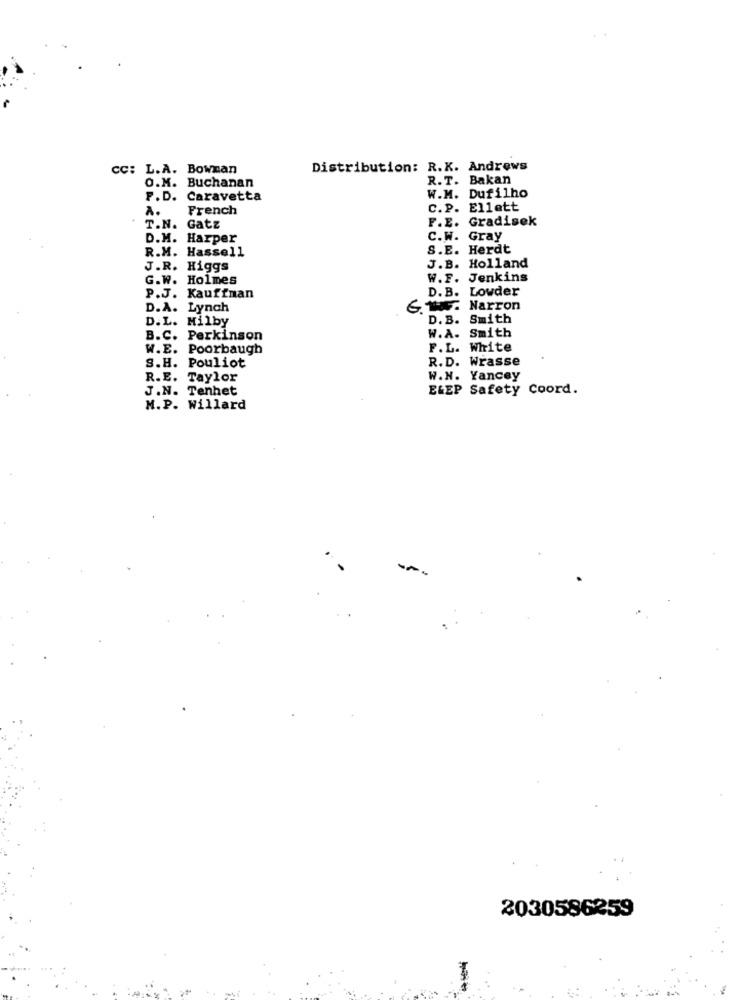
CC: L.A. Bowman
Distribution: R.K. Andrews
O.M. Buchanan
R.T. Bakan
W.M. Dufilho
F.D. Caravetta
A.
French
C.P. Ellett
F.E. Gradisek
T.N. Gatz
D.M. Harper
C.W. Gray
R.M. Hassell
S.E. Herdt
J.B. Holland
J.R. Higgs
G.W. Holmes
W.F. Jenkins
D. B. Lowder
P.J. Kauffman
D.A. Lynch
6. 18F. Marron
D.L. Milby
D. B. Smith
W.A. Smith
B.C. Perkinson
W.E. Poorbaugh
F.L. White
S.H. Pouliot
R.D. Wrasse
R.E. Taylor
W.N. Yancey
J.N. Tenhet
ELEP Safety Coord.
M.P. Willard
-
2030586259